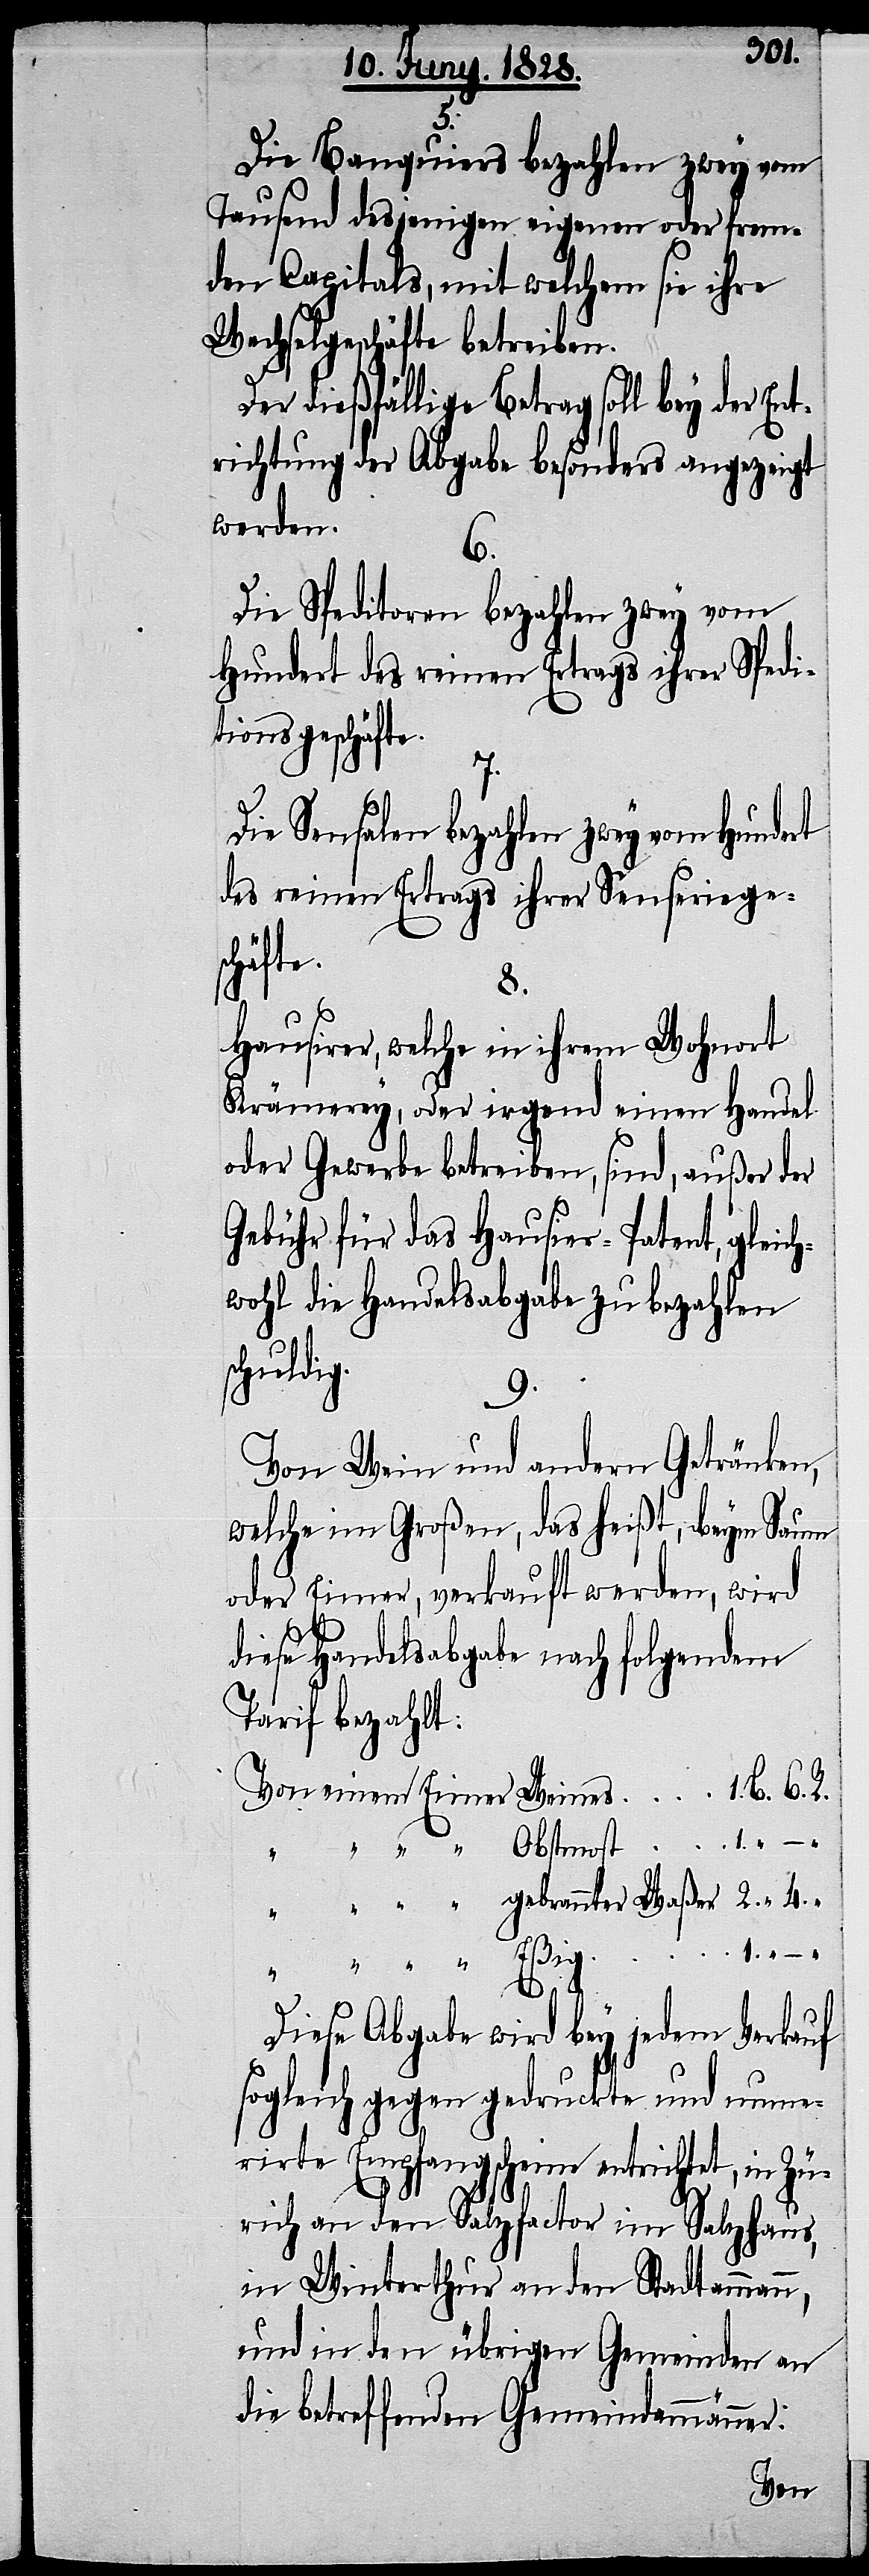
Die Banquiers bezahlen zwey vom
Tausend desjenigen eigenen oder frem¬
den Capitals, mit welchem sie ihre
Wechselgeschäfte betreiben.
Der dießfällige Betrag soll bey der Ent¬
richtung der Abgabe besonders angezeigt
werden.
6.
Die Speditoren bezahlen zwey vom
Hundert des reinen Ertrags ihrer Spedi¬
tionsgeschäfte.
Die Sensalen bezahlen zwey vom Hundert
des reinen Ertrags ihrer Senserieges¬
chäfte.
8.
Hausierer, welche in ihrem Wohnort
Krämerey, oder irgend einen Handel
oder Gewerbe betreiben, sind, außer der
Gebühr für das Hausier-Patent, gleich¬
wohl die Handelsabgabe zu bezahlen
chuldig.
9.
Von Wein und andern Getränken,
welche im Großen, das heißt, beym Saum
oder Eimer, verkauft werden, wrid
diese Handelsabgabe nach folgendem
Tarif bezahlt.
1.
Diese Abgabe wird bey jedem Verkauf
sogleich gegen gedruckte und nume¬
rirte Empfangschiene entrichtet, in Zü¬
rich an den Salsfactor im Salzhaus,
in Winterthur an den Stadtammann,
und in den übrigen Gemeinden an
die betreffenden Gemeindammänner.
Von